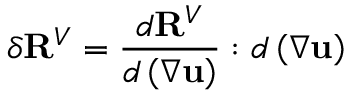
\delta \mathbf { R } ^ { V } = \frac { d \mathbf { R } ^ { V } } { d \left( \nabla \mathbf { u } \right) } : d \left( \nabla \mathbf { u } \right)